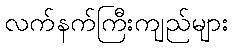
လက်နက်ကြီးကျည်များ